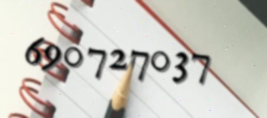
690727037